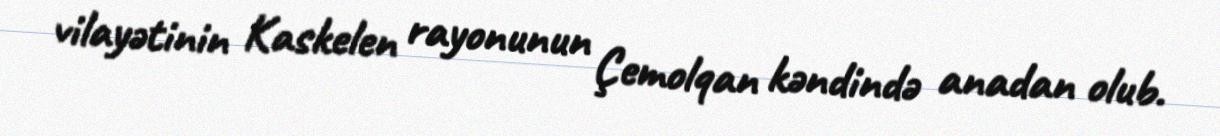
vilayətinin Kaskelen rayonunun Çemolqan kəndində anadan olub.